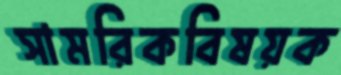
সামরিকবিষয়ক